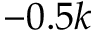
- 0 . 5 k